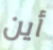
أين